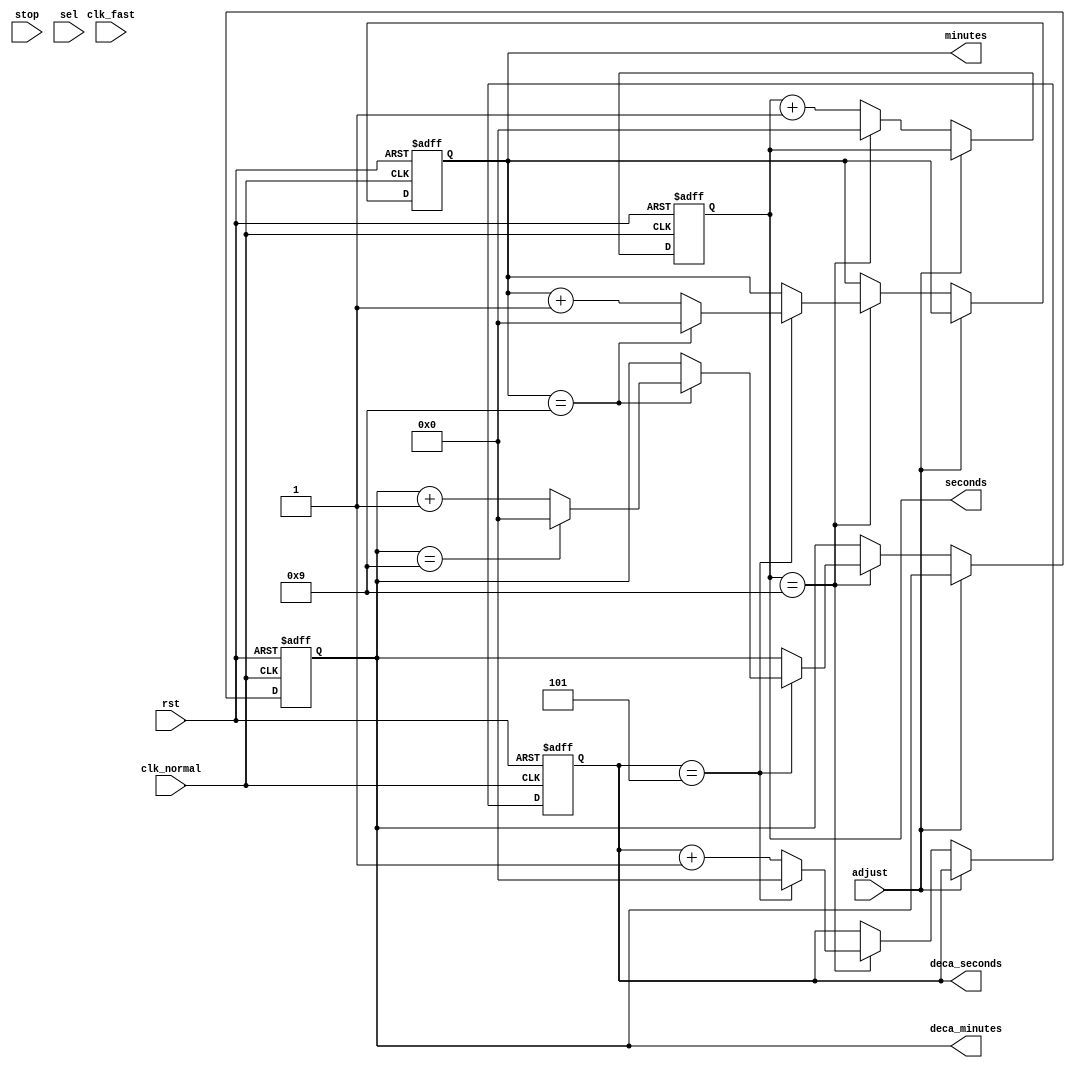
module counter( rst, clk_normal, clk_fast, stop, sel, adjust, seconds, deca_seconds, minutes, deca_minutes); 

input wire rst, clk_normal, clk_fast, sel, stop, adjust;
output wire [3:0] seconds;
output wire [3:0] deca_seconds;
output wire [3:0] minutes;
output wire [3:0] deca_minutes;
wire clk_selected;

reg [3:0] seconds_count = 4'b0000;
reg [3:0] deca_seconds_count = 4'b0000;
reg [3:0] minutes_count = 4'b0000;
reg [3:0] deca_minutes_count = 4'b0000;
reg stopped = 0;

assign seconds = seconds_count;
assign deca_seconds = deca_seconds_count;
assign minutes = minutes_count;
assign deca_minutes = deca_minutes_count;
//
//always @(posedge stop) begin
//	stopped <= ~stopped;
//end

//Logic for adjustment mode set to 0
always @(posedge clk_normal or posedge rst) begin
	
	if(rst) begin
		seconds_count <= 0;
		deca_seconds_count <= 0;
		minutes_count <= 0;
		deca_minutes_count <= 0;
	end
	else begin
		//Normal Counter
		if (adjust == 0 && ~stopped) begin
			if (seconds_count == 9) begin
				seconds_count <= 0;
				if (deca_seconds_count == 5) begin
					deca_seconds_count <= 0;
					if (minutes_count == 9) begin
						minutes_count <= 0;
						if (deca_minutes_count == 9) begin
							deca_minutes_count <= 0;
						end
						else
							deca_minutes_count <= deca_minutes_count + 1;
					end
					else
						minutes_count <= minutes_count + 1;
				end
				else
					deca_seconds_count <= deca_seconds_count + 1;
			end
			else
					seconds_count <= seconds_count + 1;
		end
	end 
end

//Logic for adjustment mode set to 1
//always @(posedge clk_fast or posedge rst) begin
//	if(rst) begin
//		seconds_count <= 0;
//		deca_seconds_count <= 0;
//		minutes_count <= 0;
//		deca_minutes_count <= 0;
//	end
//	
//	// Seconds Selected
//	else begin
//	
//		if (sel) begin
//			if (adjust == 1 && ~stopped) begin
//				if (seconds_count == 9) begin
//					seconds_count <= 0;
//					if (deca_seconds_count == 5) begin
//						deca_seconds_count <= 0;
//					end
//					else begin
//						deca_seconds_count <= deca_seconds_count + 1;
//					end
//				end
//				else begin
//					seconds_count <= seconds_count + 1;
//				end
//			end
//		end
//	
//		// Minutes Selected
//		else begin
//			if (adjust == 1 && ~stopped) begin
//				if (minutes_count == 9) begin
//					minutes_count <= 0;
//					if (deca_minutes_count == 9) begin
//						deca_minutes_count <= 0;
//					end
//					else begin
//						deca_minutes_count <= deca_minutes_count + 1;
//					end
//				end
//				else begin
//					minutes_count <= minutes_count + 1;
//				end
//			end
//		end
//		
//	end
//end
//
endmodule